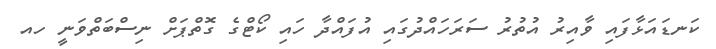
ކަނޑައަޅާފައި ވާއިރު އުތުރު ސަރަހައްދުގައި އުފައްދާ ހައި ކޯޓްގެ ގޮތްޕަށް ނިސްބަތްވަނީ ހއ